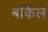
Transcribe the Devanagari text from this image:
बर्किले